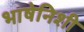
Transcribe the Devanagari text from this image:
भाषेनिशी